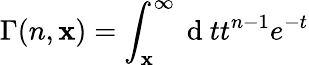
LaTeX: \Gamma(n,\mathbf{x})=\int_{\mathbf{x}}^{\infty}\mathrm{{~d~}}tt^{n-1}e^{-t}